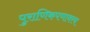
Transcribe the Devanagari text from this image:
पुराणिकपणावरच